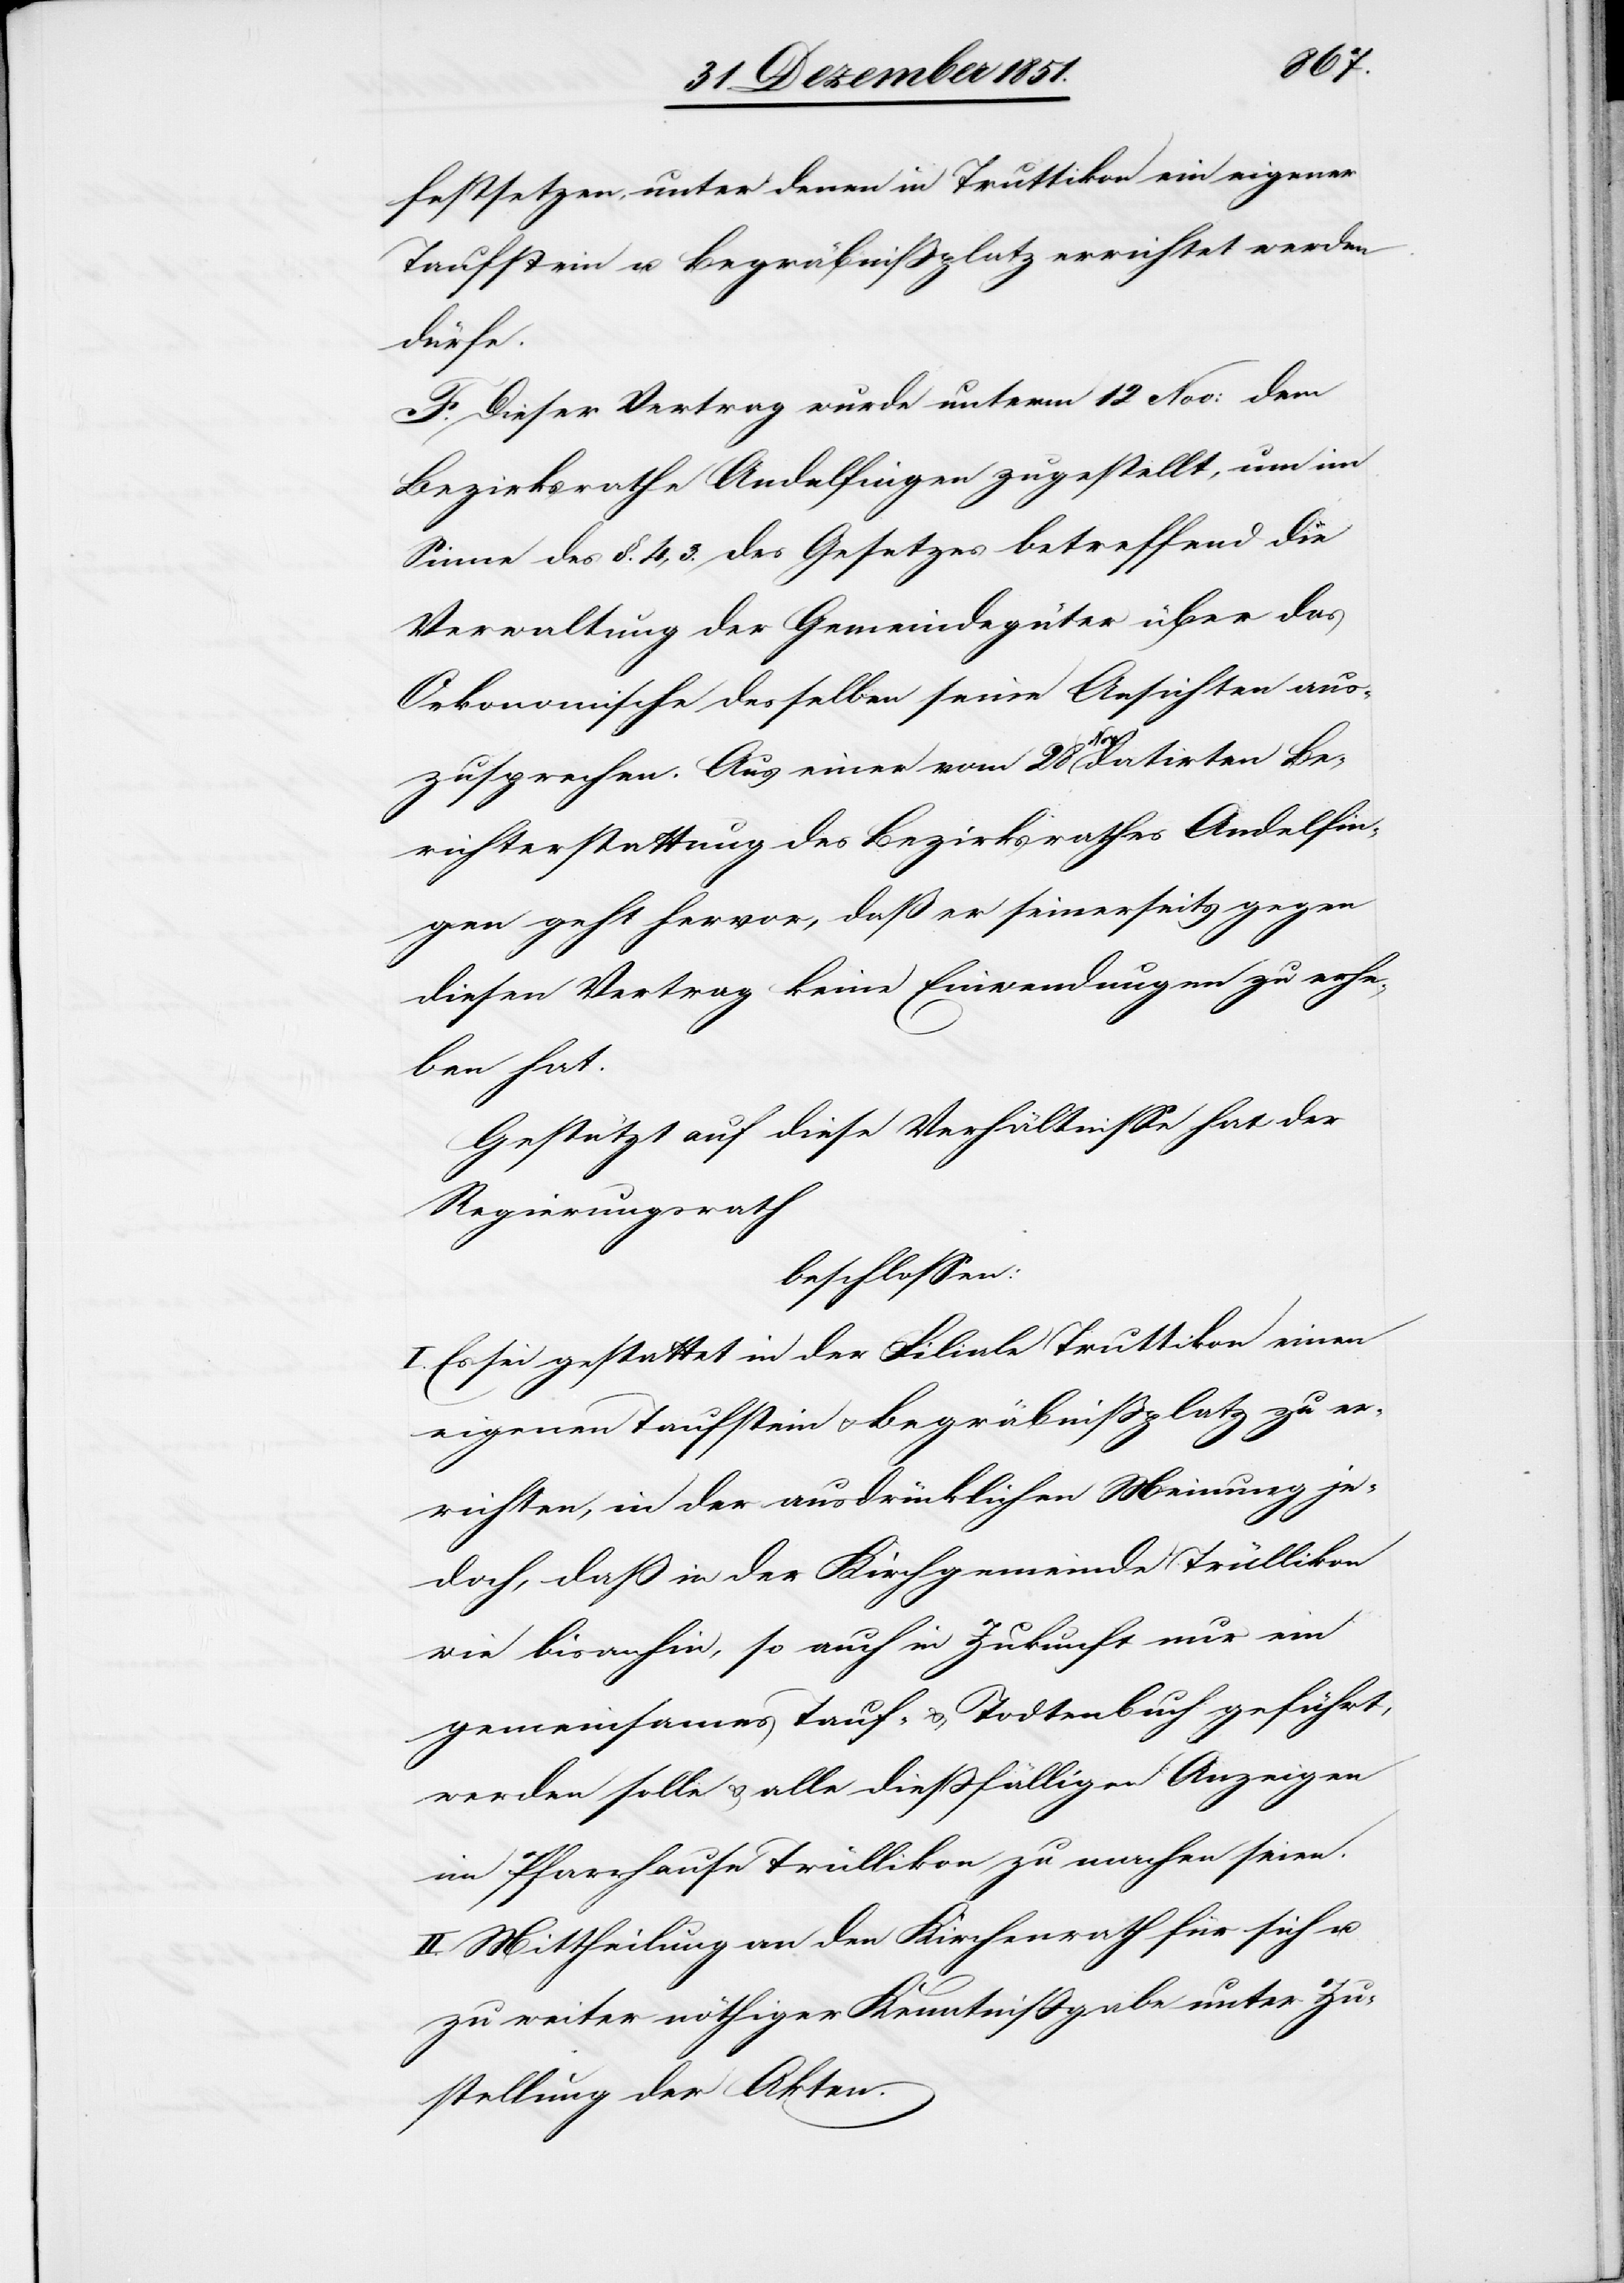
festsetzen, unter denen in Truttikon ein eigener
Taufstein u. Begräbnißplatz errichtet werden
dürfe.
F. Dieser Vertrag wurde unterm 12 Nov: dem
Bezirksrathe Andelfingen zugestellt, um im
Sinne des §. 4, 3. des Gesetzes betreffend die
Verwaltung der Gemeindegüter über das
Oekonomische desselben seine Ansichten aus¬
zusprechen. Aus einer vom 28 Nov: datirten Be¬
richterstattung des Bezirksrathes Andelfin¬
gen geht hervor, daß er seinerseits gegen
diesen Vertrag keine Einwendungen zu erhe¬
ben hat.
Gestützt auf diese Verhältnisse hat der
Regierungsrath
beschlossen:
I. Es sei gestattet in der Filiale Truttikon einen
eigenen Taufstein & Begräbnißplatz zu er¬
richten, in der ausdrücklichen Meinung je¬
doch, daß in der Kirchgemeinde Trüllikon
wie bisanhin, so auch in Zukunft nur ein
gemeinsames Tauf- & Todtenbuch geführt,
werden solle & alle dießfälligen Anzeigen
im Pfarrhause Trüllikon zu machen seien.
II. Mittheilung an den Kirchenrath für sich u.
zu weiter nöthiger Kenntnißgabe unter Zu¬
stellung der Akten.